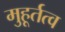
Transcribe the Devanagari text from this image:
मुहूर्तत्व